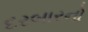
દરબારનો